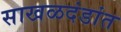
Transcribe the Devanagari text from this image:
साखळदंडांत